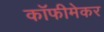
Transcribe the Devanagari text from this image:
कॉफीमेकर